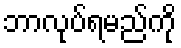
ဘာလုပ်ရမည်ကို